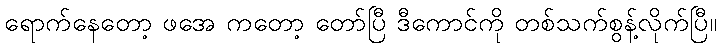
ရောက်နေတော့ ဖအေ ကတော့ တော်ပြီ ဒီကောင်ကို တစ်သက်စွန့်လိုက်ပြီ။